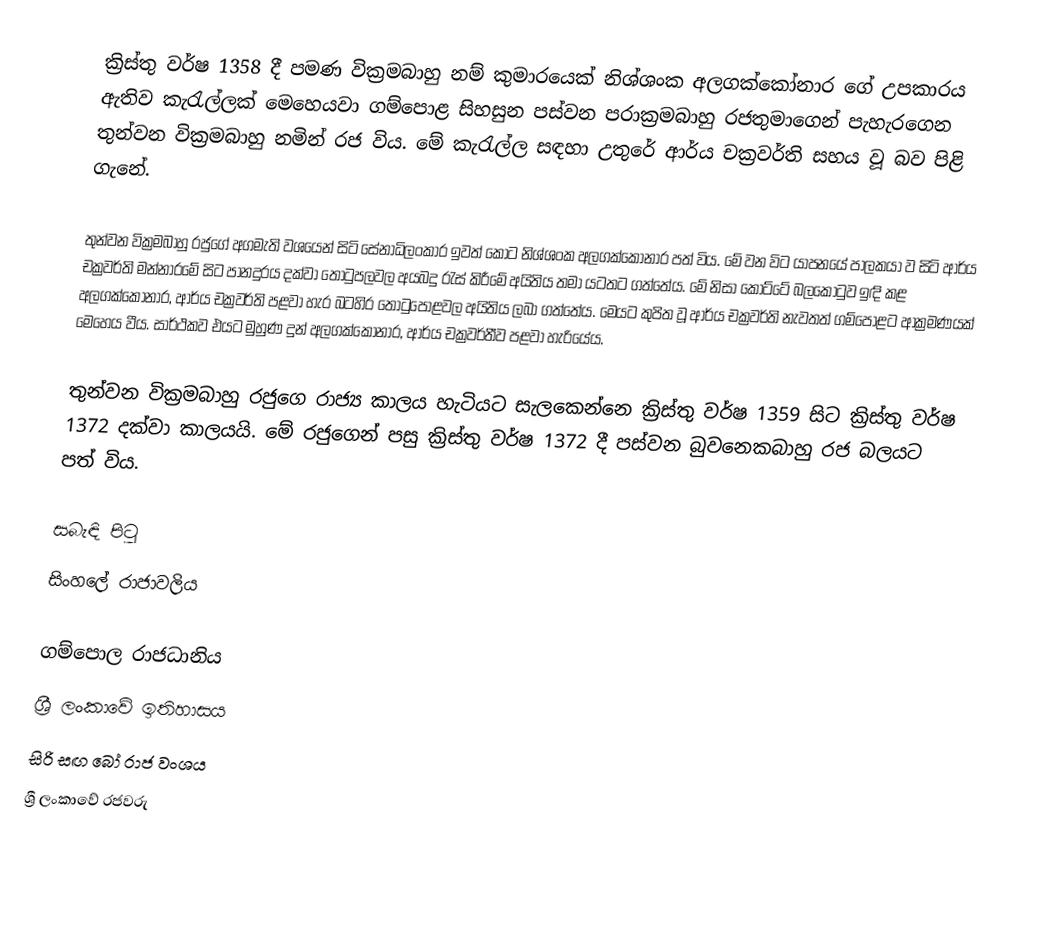
ක්‍රිස්තු වර්ෂ 1358 දී පමණ වික්‍රමබාහු නම් කුමාරයෙක් නිශ්ශංක අලගක්කෝනාර ගේ උපකාරය ඇතිව කැරැල්ලක් මෙහෙයවා ගම්පොළ සිහසුන පස්වන පරාක්‍රමබාහු රජතුමාගෙන් පැහැරගෙන තුන්වන වික්‍රමබාහු නමින් රජ විය. මේ කැරැල්ල සඳහා උතුරේ ආර්ය චක්‍රවර්ති සහය වූ බව පිළි ගැනේ.

තුන්වන වික්‍රමබාහු රජුගේ අගමැති වශයෙන් සිටි සේනාධිලංකාර ඉවත් කොට නිශ්ශංක අලගක්කෝනාර පත් විය. මේ වන විට යාපනයේ පාලකයා ව සිටි ආර්ය චක්‍රවර්ති මන්නාරමේ සිට පානදුරය දක්වා තොටුපලවල අයබදු රැස් කිරීමේ අයිතිය තමා යටතට ගත්තේය. මේ නිසා කෝට්ටේ බලකොටුව ඉඳි කළ අලගක්කෝනාර, ආර්ය චක්‍රවර්ති පළවා හැර බටහිර තොටුපොළවල අයිතිය ලබා ගත්තේය. මෙයට කුපිත වූ ආර්ය චක්‍රවර්ති නැවතත් ගම්පොළට ආක්‍රමණයක් මෙහෙය වීය. සාර්ථකව එයට මුහුණ දුන් අලගක්කෝනාර, ආර්ය චක්‍රවර්තීව පළවා හැරියේය.

තුන්වන වික්‍රමබාහු රජුගෙ රාජ්‍ය කාලය හැටියට සැලකෙන්නෙ ක්‍රිස්තු වර්ෂ 1359 සිට ක්‍රිස්තු වර්ෂ 1372 දක්වා කාලයයි. මේ රජුගෙන් පසු ක්‍රිස්තු වර්ෂ 1372 දී පස්වන බුවනෙකබාහු රජ බලයට පත් විය.

සබැඳි පිටු
 සිංහලේ රාජාවලිය

ගම්පොල රාජධානිය
ශ්‍රී ලංකාවේ ඉතිහාසය
සිරි සඟ බෝ රාජ වංශය
ශ්‍රී ලංකාවේ රජවරු